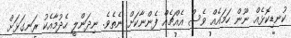
ކުނޑިކޮޅެއް ނޫން ހަމައެއް ވެސް އެއްޗެއް ފެންނާކަށް ނެތެވެ. ނިދަންލީ ހެދުމާއެކު ރަނގަޅަށް